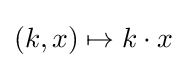
(k,x)\mapsto k\cdot x